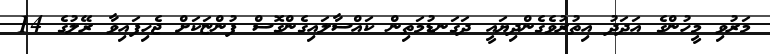
މަރުވި މީހުންގެ އަދަދު އިތުރުވެގެންދިޔައީ ދަގަނޑުމަތިން ކައްސާލައިގެންގޮސް ފުންޏަކަށް ޖެހިފައިވާ ރޭލުގެ 14